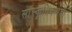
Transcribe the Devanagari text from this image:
सांस्कृतिकमंत्री